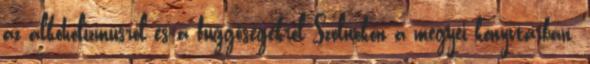
az alkoholizmusról és a függőségekről Szolnokon a megyei könyvtárban.